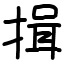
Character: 揖